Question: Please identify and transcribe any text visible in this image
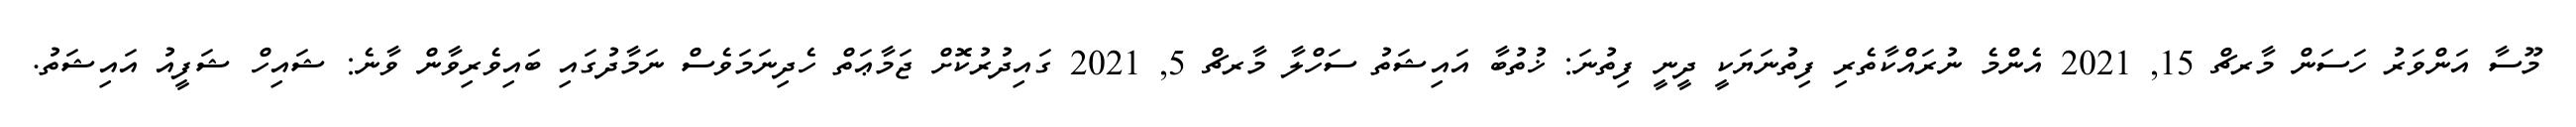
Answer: މޫސާ އަންވަރު ހަސަން މާރޗް 15, 2021 އެންމެ ނުރައްކާތެރި ފިތުނަޔަކީ ދީނީ ފިތުނަ: ޚުތުބާ އައިޝަތު ސަހްލާ މާރޗް 5, 2021 ގައިދުރުކޮށް ޖަމާޢަތް ހެދިނަމަވެސް ނަމާދުގައި ބައިވެރިވާން ވާނެ: ޝައިހް ޝަފީއު އައިޝަތު.